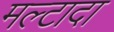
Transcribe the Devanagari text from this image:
मल्टादा